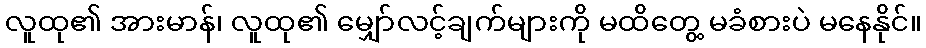
လူထု၏ အားမာန်၊ လူထု၏ မျှော်လင့်ချက်များကို မထိတွေ့ မခံစားပဲ မနေနိုင်။